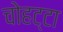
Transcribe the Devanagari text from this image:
चोहट्टा